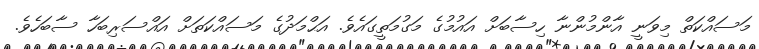
މަސައްކަތް މިވަނީ އާންމުންނާ ހިސާބަށް އައުމުގެ މަގުމަތީގައެވެ. އަޙްމަދުގެ މަސައްކަތަށް އައްސަރިބަހާ ސާބަހެވެ.